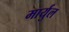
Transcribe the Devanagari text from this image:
मार्युल